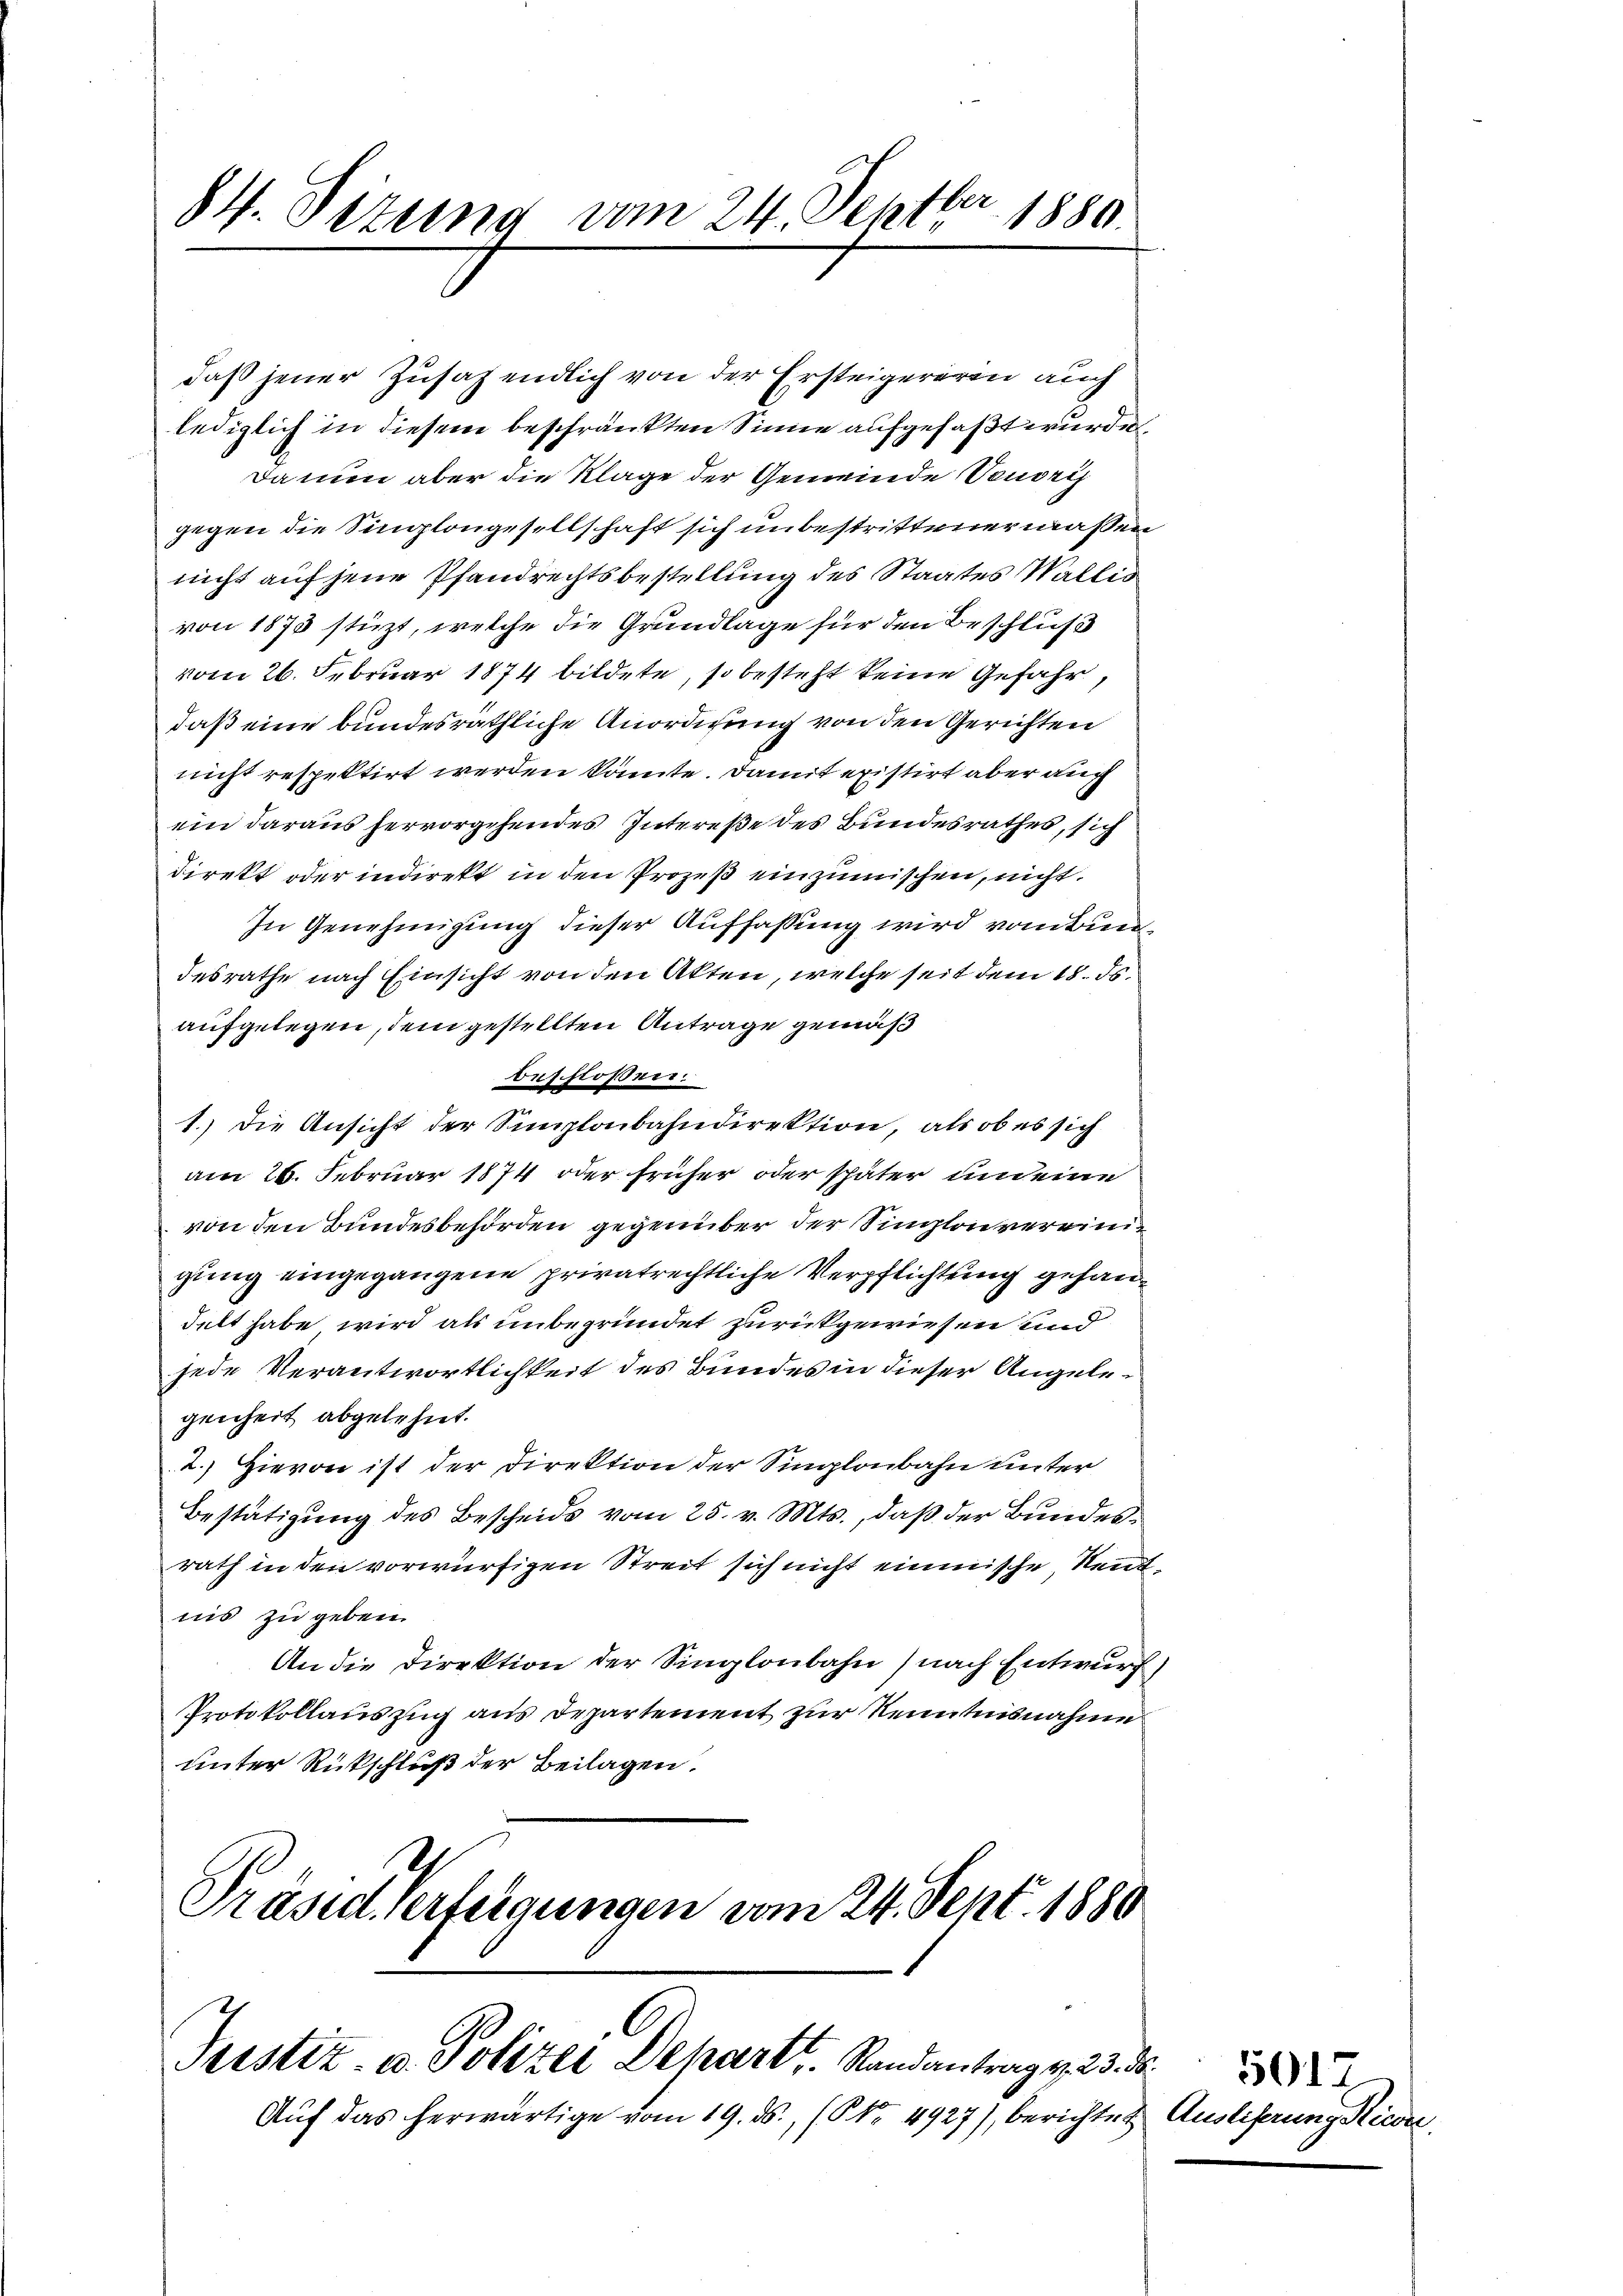
84. Sizung vom 24. Septbr. 1880.

daß jener Zusätzendlich von der Ersteigererin auch
lediglich in diesem beschränkten Sinne aufgefaßt wurde,
Da nun aber die Klage der Gemeinde vendri
gegen die Singlongesellschaft sich unbestrittenermassen
nicht auf jene Pfandrechtsbestellung des Staates Wallis
von 1873 stüzt, welche die Grundlage für den Beschluß
vom 26. Februar 1874 bildete, so besteht keine Gefahr,
daß eine bundesräthliche Anordnung von den Gerichten
nicht respektirt werden könnte. Damit existirt aber auch
ein daraus hervorgehendes Intereße des Bundesrathes, sich
direkt oder indirekt in den Prozeß einzumischen, nicht.
In Genehmigung dieser Auffassung wird vom Bundesrathe nach Einsicht von den Akten, welche seit dem 18. ds.
aufgelegen, dem gestellten Antrage gemäß
bnschloßen:
1.) Die Ansicht der Simplonbahndirektion, als ob es sich
am 26. Februar 1874 oder früher oder später und eine
von den Bundesbehörden gegenüber der Simplonvereinigung eingegangene privatrechtliche Verpflichtung gehandelt habe wird als unbegründet zurückgewiesen und
jede Verantwortlichkeit des Bundes in dieser Angelegenheit abgelehnt.
2.) Hievon ist der Direktion der Singloubahn unter
Bestätigung des Bescheide vom 25. v. Mts., daß der Bundesrath in den vorwürfigen Streit sich nicht einmische Neutnis zu geben.
An die Direktion der Singloubahn) nach Entwurf.
Protokollauszug aus Departement zur Kenntnisnahme
unter Rückschluß der Beilagen.
Präsid. Verteigungen vom 24. Sept. 1880

Justiz- u. Polizei Dehart. Randantrag v. 23. ds.

Aŭf das herwärtige vom 19. ds., (Nr. 4927), berichte Auslieferung Kice,

5017